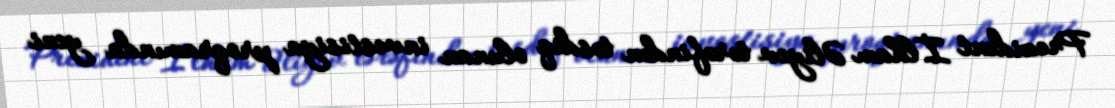
Prezident İlham Əliyev tərəfindən təsdiq olunan investisiya proqramında yeni